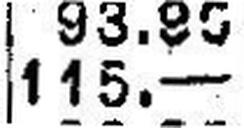
115.—